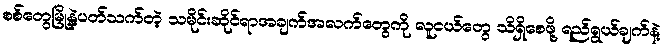
စစ်တွေမြို့နဲ့ပတ်သက်တဲ့ သမိုင်းဆိုင်ရာအချက်အလက်တွေကို လူငယ်တွေ သိရှိစေဖို့ ရည်ရွယ်ချက်နဲ့